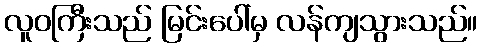
လူဝကြီးသည် မြင်းပေါ်မှ လန်ကျသွားသည်။